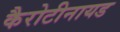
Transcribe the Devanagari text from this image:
कैरोटीनायड